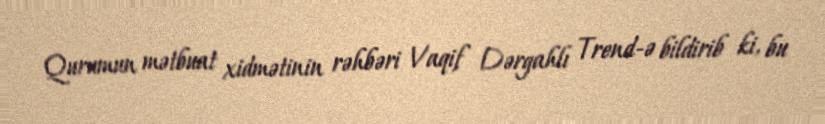
Qurumun mətbuat xidmətinin rəhbəri Vaqif Dərgahlı Trend-ə bildirib ki, bu